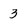
Character: 3